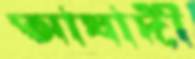
আযাদী